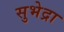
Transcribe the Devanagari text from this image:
सुभेद्रा